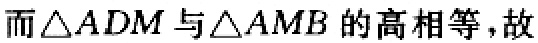
而$\triangle ADM$与$\triangle AMB$的高相等，故